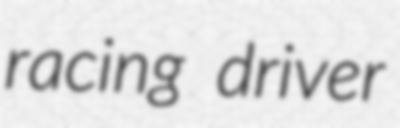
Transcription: racing driver